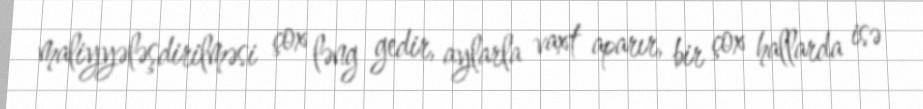
maliyyələşdirilməsi çox ləng gedir, aylarla vaxt aparır, bir çox hallarda isə